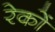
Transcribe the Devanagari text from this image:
रेकों